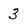
Character: 3